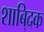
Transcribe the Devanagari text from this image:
शाबि्दक